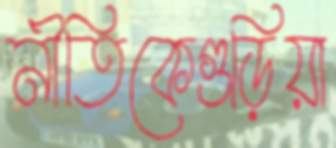
নীতিকেগুড়িয়া